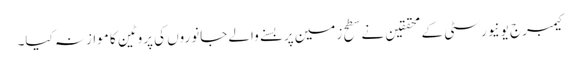
کیمبرج یونیورسٹی کے محققین نے سطح زمین پر بسنے والے جانوروں کی پروٹین کا موازنہ کیا۔